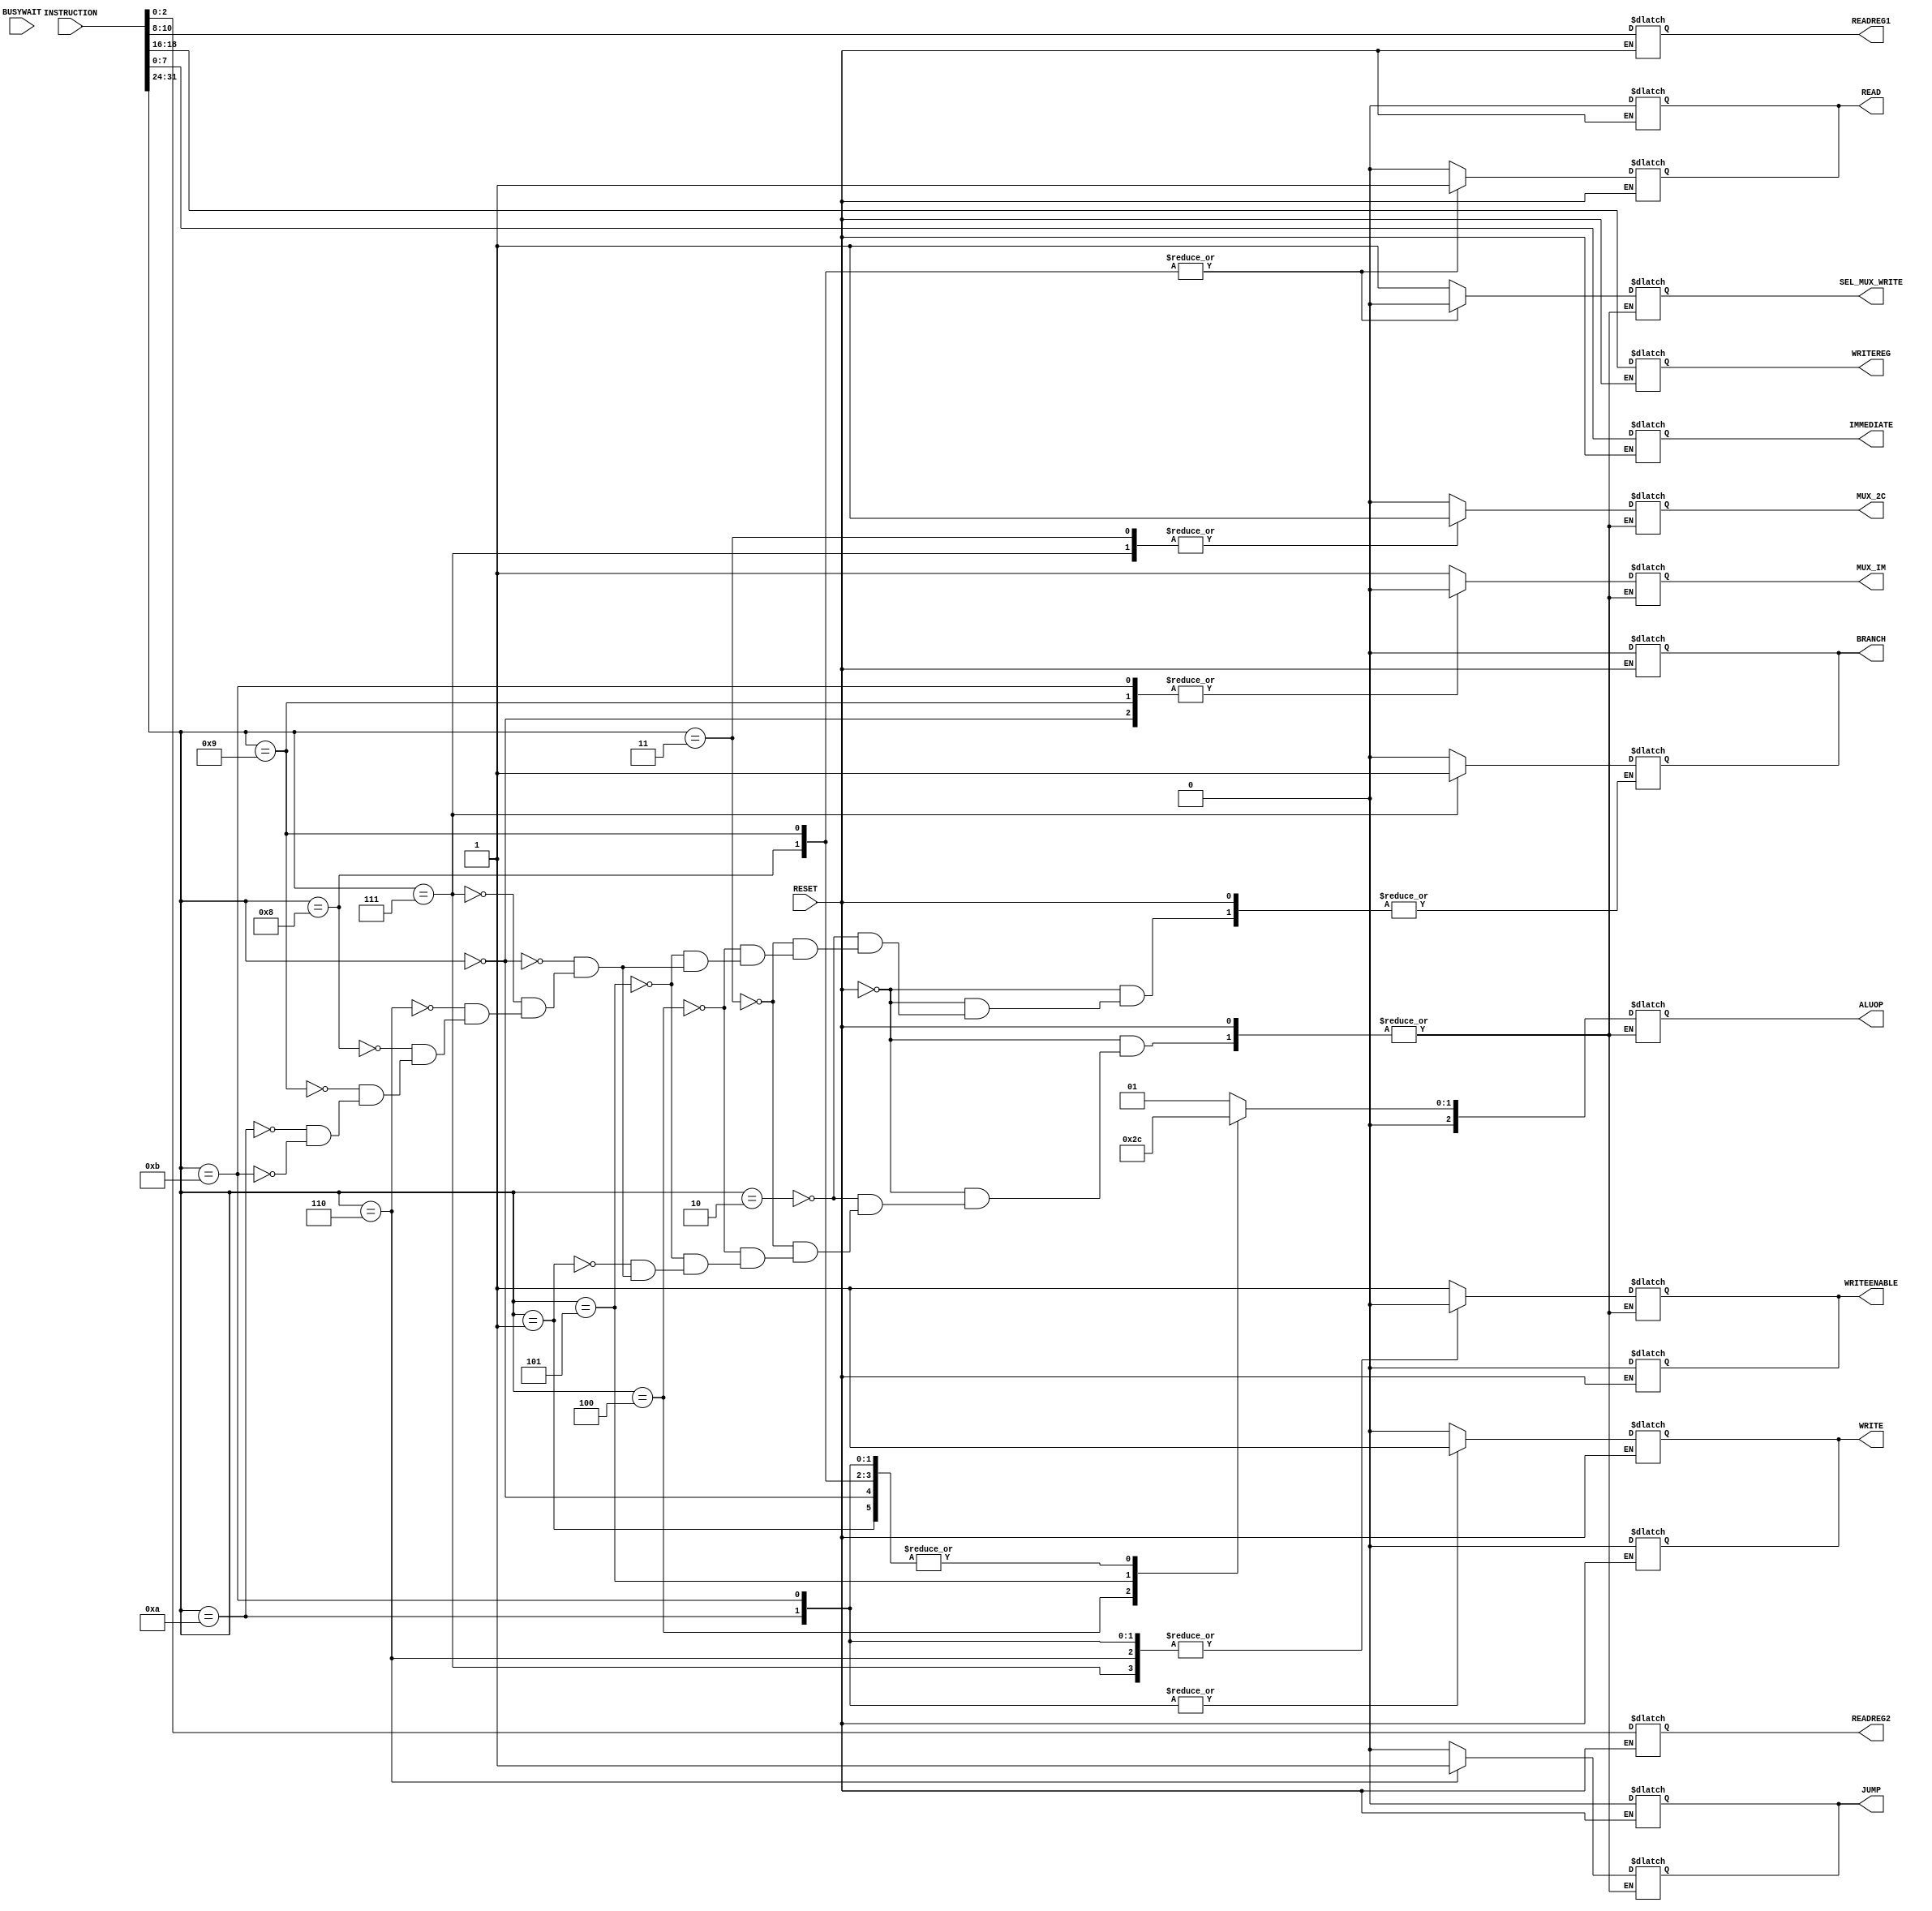
//E/16/078
//control unit module

 `timescale  1ns/100ps

module control_unit(INSTRUCTION,READREG2,READREG1,WRITEREG,WRITEENABLE,ALUOP,IMMEDIATE,MUX_2C,MUX_IM,RESET,BRANCH,JUMP,SEL_MUX_WRITE,READ,WRITE,BUSYWAIT);

	//port declaration
	
	//inputs
	input [31:0]INSTRUCTION;
	input RESET;
	input BUSYWAIT;
	
	//outputs
	output [2:0]READREG2;
	output [2:0]READREG1;
	output [2:0]WRITEREG;
	output WRITEENABLE;
	output [2:0]ALUOP;
	output [7:0]IMMEDIATE;
	output MUX_2C;
	output MUX_IM;
	output BRANCH;
	output JUMP;
	output SEL_MUX_WRITE;
	output READ;
	output WRITE;
	
	
	//changing outputs
	reg [2:0]READREG2;
	reg [2:0]READREG1;
	reg [2:0]WRITEREG;
	reg WRITEENABLE;
	reg [2:0]ALUOP;
	reg [7:0]IMMEDIATE;
	reg MUX_2C;
	reg MUX_IM;
	reg BRANCH;
	reg JUMP;
	reg SEL_MUX_WRITE;
	reg READ;
	reg WRITE; 

	//declare decoding parameters
	reg [7:0] OP_CODE,DESTINATION,SOURCE_1,SOURCE_2;
	
	
	//control signals when RESET is high
	always @(RESET)
	begin
		if(RESET == 1'b1)
		begin
			WRITEENABLE = 1'b0;
			READ = 1'b0;
			WRITE = 1'b0;
			JUMP = 1'b0;
			BRANCH = 1'b0;
		end
	end
	
	

	//execute new instruction
	always @(INSTRUCTION)
	
	begin
		
		if (RESET == 1'b0) 
		begin
		
		
		//instruction decode
		OP_CODE = INSTRUCTION[31:24];
		DESTINATION = INSTRUCTION[23:16];
		SOURCE_1 = INSTRUCTION[15:8];
		SOURCE_2 = INSTRUCTION[7:0];
		
		
		//inputs to reg file and muxes
		READREG2 = SOURCE_2[2:0];
		READREG1 = SOURCE_1[2:0];
		WRITEREG = DESTINATION[2:0];
		IMMEDIATE = SOURCE_2;
		
		
		//reset control signals send to dmem, before instruction encoding
		READ = 1'b0;
		WRITE = 1'b0;
		
		
		//check opcode
		case (OP_CODE)
		
			//add
			8'b00000010:	
				begin
					#1 //decode delay
					WRITEENABLE = 1'b1;
					ALUOP =  3'b001;
					MUX_2C = 1'b0; 		//get regout2
					MUX_IM	= 1'b1;		//get mux_2c output
					BRANCH = 1'b0;		//not a branch signal
					JUMP = 1'b0;		//not a jump
					SEL_MUX_WRITE = 1'b1; //write alu result
					READ = 1'b0;		//no read from data memory
					WRITE = 1'b0;		//no write to data memory
				end
			
			
			//sub 
			8'b00000011:
				begin
					#1 //decode delay
					WRITEENABLE = 1'b1;
					ALUOP = 3'b001;
					MUX_2C = 1'b1; 		//get 2s complement
					MUX_IM = 1'b1;		//get mux_2c output
					BRANCH = 1'b0;		//not a branch signal
					JUMP = 1'b0;		//not a jump
					SEL_MUX_WRITE = 1'b1; //write alu result
					READ = 1'b0;		//no read from data memory
					WRITE = 1'b0;		//no write to data memory
				end
				
			
			
			//and
			8'b00000100:
				begin
					#1 //decode delay
					WRITEENABLE = 1'b1;
					ALUOP = 3'b010;
					MUX_2C = 1'b0;		//get regout2
					MUX_IM = 1'b1;		//get mux_2c output
					BRANCH = 1'b0;		//not a branch signal
					JUMP = 1'b0;		//not a jump
					SEL_MUX_WRITE = 1'b1; //write alu result
					READ = 1'b0;		//no read from data memory
					WRITE = 1'b0;		//no write from data memory
				end
				
				
				
			//or
			8'b00000101:
				begin
					#1 //decode delay
					WRITEENABLE = 1'b1;
					ALUOP = 3'b011;
					MUX_2C = 1'b0;		//get regout2
					MUX_IM = 1'b1;		//get mux_2c output
					BRANCH = 1'b0;		//not a branch signal
					JUMP = 1'b0;		//not a jump
					SEL_MUX_WRITE = 1'b1; //write alu result
					READ = 1'b0;		//no read from data memory
					WRITE = 1'b0;		//no write to data memory
				end
				
				
			
			//mov
			8'b00000001:
				begin
					#1 //decode delay
					WRITEENABLE = 1'b1;
					ALUOP = 3'b000;
					MUX_2C = 1'b0;		//get regout2
					MUX_IM = 1'b1;		//get mux_2c output
					JUMP = 1'b0;		//not a jump
					SEL_MUX_WRITE = 1'b1; //write alu result
					READ = 1'b0;		//no read from data memory
					WRITE = 1'b0;		//no write to data memory
				end
				
				
			//loadi
			8'b00000000:
				begin
					#1 //decode delay
					WRITEENABLE = 1'b1;
					ALUOP = 3'b000;
					MUX_2C = 1'b0;		//get regout2
					MUX_IM = 1'b0;		//get immediate
					BRANCH = 1'b0;		//not a branch signal
					JUMP = 1'b0;		//not a jump
					SEL_MUX_WRITE = 1'b1; //write alu result
					READ = 1'b0;		//no read from data memory
					WRITE = 1'b0;		//no write to data memory
				end
				
			//beq
			8'b00000111:
				begin
					#1 //decode delay
					WRITEENABLE = 1'b0;
					ALUOP = 3'b001;		//to do substract operation
					MUX_2C = 1'b1;		//get 2s complement
					MUX_IM = 1'b1;		//get mux_2c output
					BRANCH = 1'b1;		//a branch signal
					JUMP = 1'b0;		//not a jump
					SEL_MUX_WRITE = 1'bx; //no write done
					READ = 1'b0;		//no read from data memory
					WRITE = 1'b0;		//no write to data memory
				end
				
			//jump
			8'b00000110:
				begin
					#1 //decode delay
					WRITEENABLE = 1'b0;
					ALUOP = 3'bxxx;		//no alu operation is done
					MUX_2C = 1'b0;		//get regout2
					MUX_IM = 1'b1;		//get mux_2c output
					BRANCH = 1'b0;		//not a branch signal
					JUMP = 1'b1;		//a jump
					SEL_MUX_WRITE = 1'bx; //no write done
					READ = 1'b0;		//no read from data memory
					WRITE = 1'b0;		//no write to data memory
				end
				
			//instructions in lab6
			
			//lwd
			8'b00001000:
				begin
					#1 //decode delay
					WRITEENABLE = 1'b1;	//write is done
					ALUOP = 3'b000;		//forward data2 -> aluresult
					MUX_2C = 1'b0;		//get regout2
					MUX_IM = 1'b1;		//get mux_2c output
					BRANCH = 1'b0;		//not a branch signal
					JUMP = 1'b0;		//not a jump
					SEL_MUX_WRITE = 1'b0; //write readdata
					READ = 1'b1;		//read from data memory
					WRITE = 1'b0;		//no write from data memory
				end
				
			
			//lwi
			8'b00001001:
				begin
					#1 //decode delay
					WRITEENABLE = 1'b1;	//write is done
					ALUOP = 3'b000;		//forward data2 -> aluresult
					MUX_2C = 1'b0;		//get regout2
					MUX_IM = 1'b0;		//get immediate
					BRANCH = 1'b0;		//not a branch signal
					JUMP = 1'b0;		//not a jump
					SEL_MUX_WRITE = 1'b0; //write readdata
					READ = 1'b1;		//read from data memory
					WRITE = 1'b0;		//no write to data memory
				end
			
			//swd
			8'b00001010:
				begin
					#1 //decode delay
					WRITEENABLE = 1'b0;	//no write to register file is done
					ALUOP = 3'b000;		//forward data2 -> aluresult
					MUX_2C = 1'b0;		//get regout2
					MUX_IM = 1'b1;		//get mux_2c output
					BRANCH = 1'b0;		//not a branch signal
					JUMP = 1'b0;		//not a jump
					SEL_MUX_WRITE = 1'bx; //no write done to reg file
					READ = 1'b0;		//no read from data memory
					WRITE = 1'b1;		//write to data memory
				end
			
			//swi
			8'b00001011:
				begin
					#1 //decode delay
					WRITEENABLE = 1'b0;	//no write to register file is done
					ALUOP = 3'b000;		//forward data2 -> aluresult
					MUX_2C = 1'b0;		//get regout2
					MUX_IM = 1'b0;		//get immediate
					BRANCH = 1'b0;		//not a branch signal
					JUMP = 1'b0;		//not a jump
					SEL_MUX_WRITE = 1'bx; //no write done to reg file
					READ = 1'b0;		//no read from data memory
					WRITE = 1'b1;		//write to data memory
				end
		
		endcase
		
		end
	
	end
	
		
endmodule